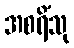
အစရိံသု